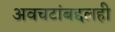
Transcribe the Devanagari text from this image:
अवचटांबद्दलही